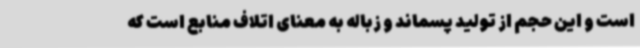
است و این حجم از تولید پسماند و زباله به معنای اتلاف منابع است که